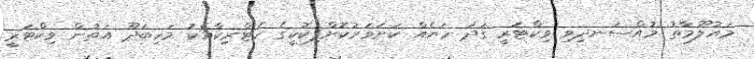
މައުލޫމާތު މުއްސަނދިވި ވިކްޓަރީ ގަދަ ހަޔެއް ކަށަވަރުކޮށްފިކޮކީގެ ހެޓްރިކާއެކު މަހިބަދޫ އަތުން ވިކްޓަރީ